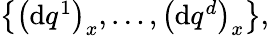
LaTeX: \begin{array}{r}{\left\{ \left(\mathrm{d}q^{1}\right)_{x},\ldots,\left(\mathrm{d}q^{d}\right)_{x}\right\} ,}\end{array}